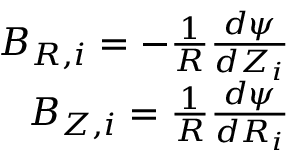
\begin{array} { r l } { B _ { R , i } = - \frac { 1 } { R } \frac { d \psi } { d Z _ { i } } } \\ { B _ { Z , i } = \frac { 1 } { R } \frac { d \psi } { d R _ { i } } } & { { } } \end{array}